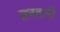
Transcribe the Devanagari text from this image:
सनवानी